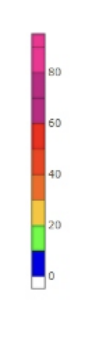
Blue: 0 to 10
Green: 10 to 20
Yellow: 20 to 30
Orange: 30 to 40
Dark Orange: 40 to 50
Red: 50 to 60
Magenta: 60 to 80
Pink: 80 to 95